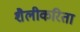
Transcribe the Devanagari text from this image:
शैलीकरिता